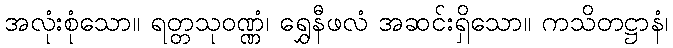
အလုံးစုံသော။ ရတ္တသုဝဏ္ဏံ၊ ရွှေနီဖလံ အဆင်းရှိသော။ ကသိတဋ္ဌာနံ၊